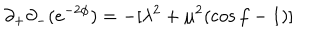
LaTeX: \partial _ { + } \partial _ { - } ( e ^ { - 2 \phi } ) = - [ \lambda ^ { 2 } + \mu ^ { 2 } ( \cos f - 1 ) ]